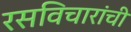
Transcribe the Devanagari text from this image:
रसविचारांची